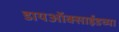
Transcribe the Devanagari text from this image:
डायऑक्साईडच्या